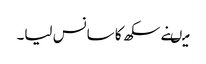
میںنے سکھ کا سانس لیا۔